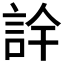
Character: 𮘅